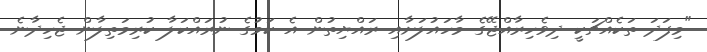
"މިފަދަ ތަކެއްޗަކީ ދިވެހިރާއްޖޭގެ މާހައުލަށާއި ރައްޔިތުން އެ ކަމުގެ ނުރައްކަލާ ކުރިމަތިލާން ޖެހިދާނެ